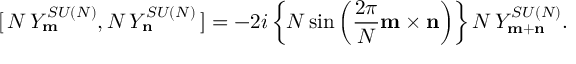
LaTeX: [ \, N \, Y _ { \bf m } ^ { S U ( N ) } , N \, Y _ { \bf n } ^ { S U ( N ) } \, ] = - 2 i \left\{ N \sin \left( \frac { 2 \pi } { N } { \bf m \times n } \right) \right\} N \, Y _ { \bf m + n } ^ { S U ( N ) } .